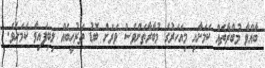
ބާއްވާ މުބާރާތެއް ކަމަށާއި މިއަހަރުގެ މުބާރާތަށްވެސް ވަރަށް ބޮޑު ތަރުހީބެއް ލިބިފައިވާ ކަމަށެވެ.